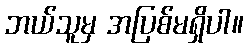
ဘယ်သူမှ အပြစ်မရှိပါ။